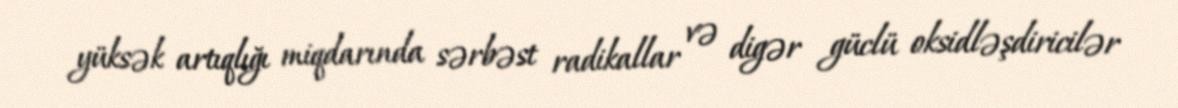
yüksək artıqlığı miqdarında sərbəst radikallar və digər güclü oksidləşdiricilər